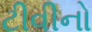
ટીવીનો